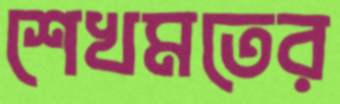
শেখমতের